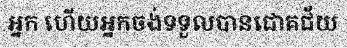
អ្នក ហើយអ្នកចង់ទទួលបានជោគជ័យ